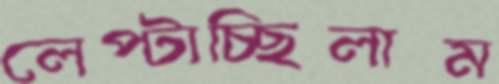
লেপ্‌টাচ্ছিলাম